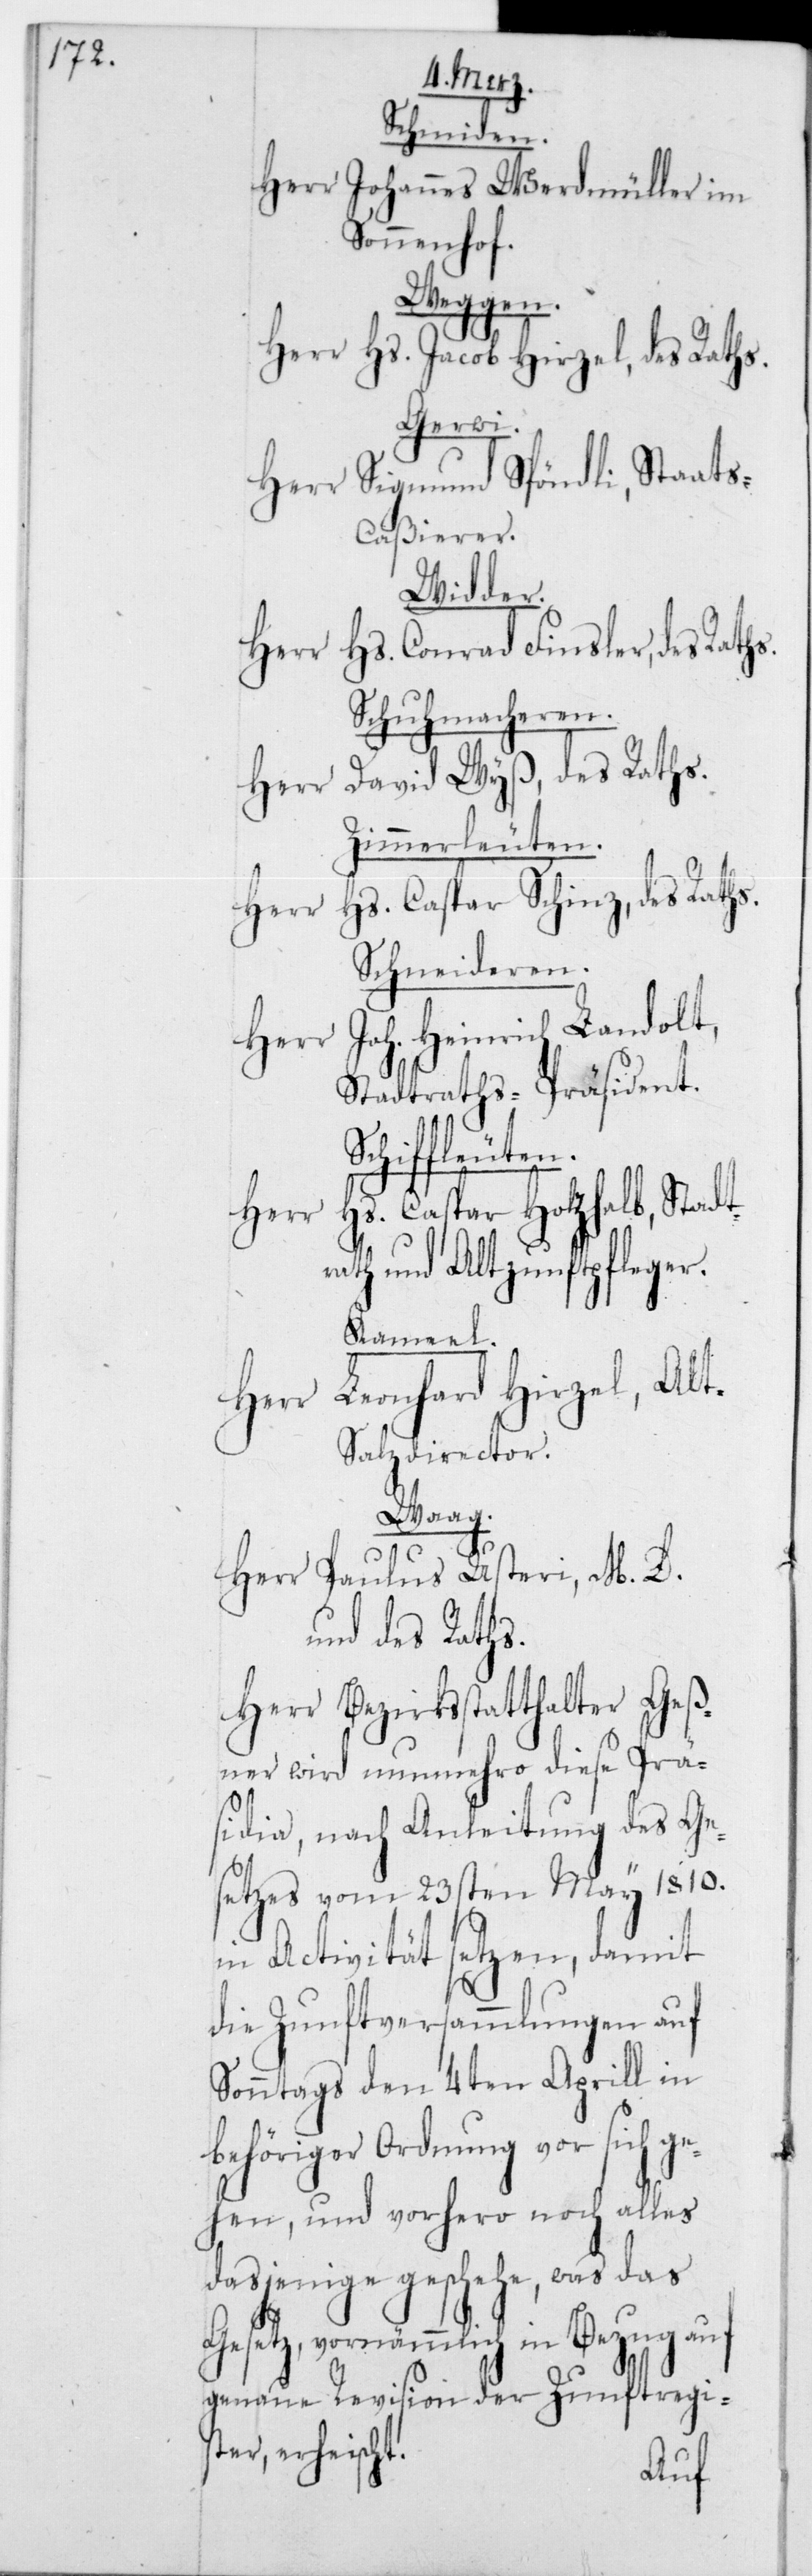
Schmiden.
Herr Johannes Werdmüller im
Sonnenhof.
Weggen.
Herr Hs. Jacob Hirzel, des Raths.
Gerwi.
Herr Sigmund Spöndli, Staat¬
s-Caßierer.
Widder.
Hs. Conrad Finsler, des
Schuhmacheren.
Herr David Wyß, des Raths.
Zimmerleuten.
Hs. Caspar Schinz, des Raths.
Schneideren.
Herr Joh. Heinrich Landolt,
Stadtrats-Präsident.
Hs. Caspar Holzhalb, Stadt¬
rath und alt Zunftpfleger.
Kameel.
Leonhard Hirzel, Al¬
Herr
t-Salzdirector.
Waag.
Herr Paulus Usteri, M. D.
und des Raths.
Herr Bezirksstatthalter Geß¬
ner wird nunmehro diese Prä¬
sidia, nach Anleitung des Ge¬
setzes vom 23sten May 1810
in Activität setzen, damit
die Zunftversammlungen auf
Sonntags den 4ten Aprill in
behöriger Ordnung vor sich ge¬
hen, und vorhero noch alles
dasjenige geschehe, was das
Gesetz, vornämmlich in Bezug auf
genaue Revision der Zunftregis¬
ter erheischt.